Standards of the constituents of the urine and blood and the bearing of the metabolism of Bengalis on the problems of nutrition - Number 34
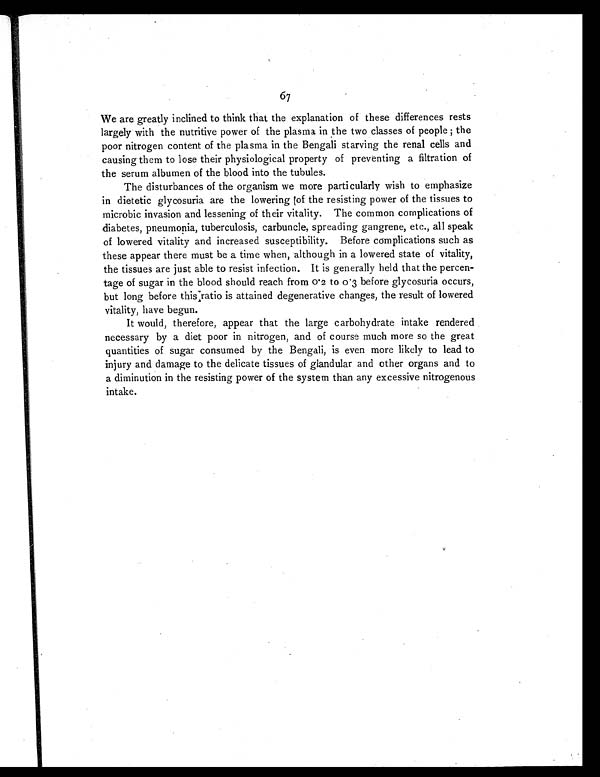
67
We are greatly inclined to think that the explanation of these differences rests
largely with the nutritive power of the plasma in the two classes of people ; the
poor nitrogen content of the plasma in the Bengali starving the renal cells and
causing them to lose their physiological property of preventing a filtration of
the serum albumen of the blood into the tubules.
The disturbances of the organism we more particularly wish to emphasize
in dietetic glycosuria are the lowering of the resisting power of the tissues to
microbic invasion and lessening of their vitality. The common complications of
diabetes, pneumonia, tuberculosis, carbuncle, spreading gangrene, etc., all speak
of lowered vitality and increased susceptibility. Before complications such as
these appear there must be a time when, although in a lowered state of vitality,
the tissues are just able to resist infection. It is generally held that the percen-
tage of sugar in the blood should reach from 0.2 to 0.3 before glycosuria occurs,
but long before this ratio is attained degenerative changes, the result of lowered
vitality, have begun.
It would, therefore, appear that the large carbohydrate intake rendered
necessary by a diet poor in nitrogen, and of course much more so the great
quantities of sugar consumed by the Bengali, is even more likely to lead to
injury and damage to the delicate tissues of glandular and other organs and to
a diminution in the resisting power of the system than any excessive nitrogenous
intake.